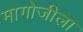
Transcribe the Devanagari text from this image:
मागोजीला